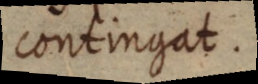
contingat.